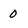
Character: 0